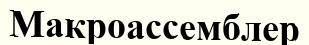
Макроассемблер